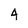
Character: 4